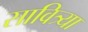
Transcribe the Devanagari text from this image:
सावित्र्या